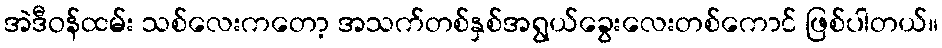
အဲဒီဝန်ထမ်း သစ်လေးကတော့ အသက်တစ်နှစ်အရွယ်ခွေးလေးတစ်ကောင် ဖြစ်ပါတယ်။